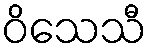
ဝိသေသီ